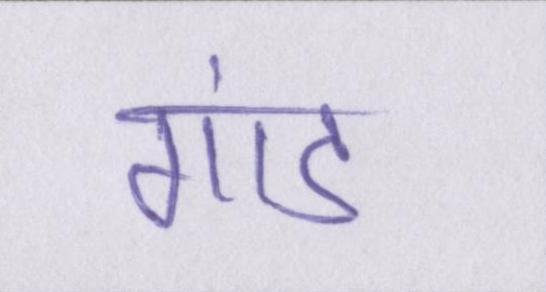
गांड